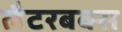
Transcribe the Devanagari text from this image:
लैटरबक्स